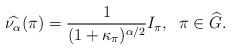
LaTeX: \begin{align*}\widehat{\nu_\alpha}(\pi) = \frac{1}{(1+\kappa_\pi)^{\alpha/2}}I_\pi,\;\; \pi\in \widehat{G}.\end{align*}